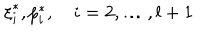
LaTeX: { \xi } _ { i } ^ { \ast } , { p } _ { i } ^ { \ast } , \quad i = 2 , \dots , l + 1